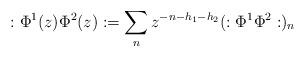
LaTeX: \begin{align*}:\Phi ^{1}(z)\Phi ^{2}(z):=\sum _{n}z^{-n-h_{1}-h_{2}}(:\Phi ^{1}\Phi ^{2}:)_{n}\end{align*}